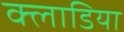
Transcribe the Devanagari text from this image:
क्लाडिया